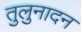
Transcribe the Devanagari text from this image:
तुलुनादन